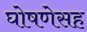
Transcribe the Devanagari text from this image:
घोषणेसह